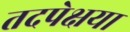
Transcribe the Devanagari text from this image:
तदपेक्षया